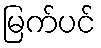
မြက်ပင်